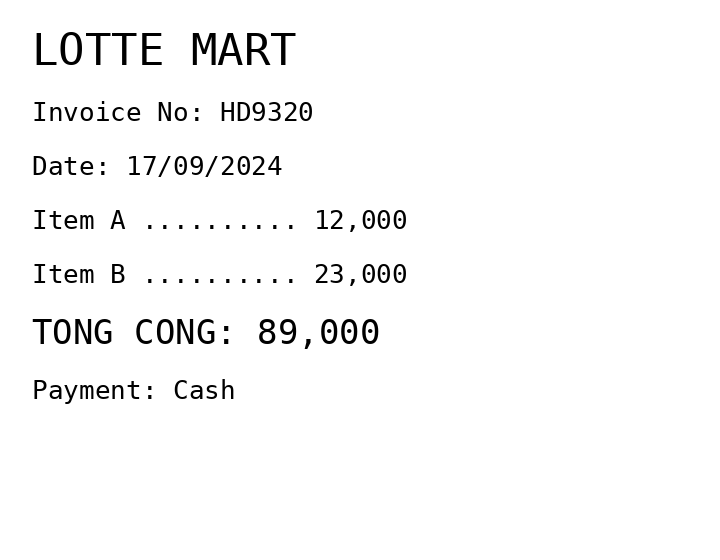
LOTTE MART
Invoice No: HD9320
Date: 17/09/2024
Item A .......... 12,000
Item B .......... 23,000
TONG CONG: 89,000
Payment: Cash
Merchant: lotte mart
Date: 2024-09-17
Total: 89000
Invoice No: HD9320
Payment method: CASH